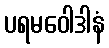
ပရမဝေါဒါနံ